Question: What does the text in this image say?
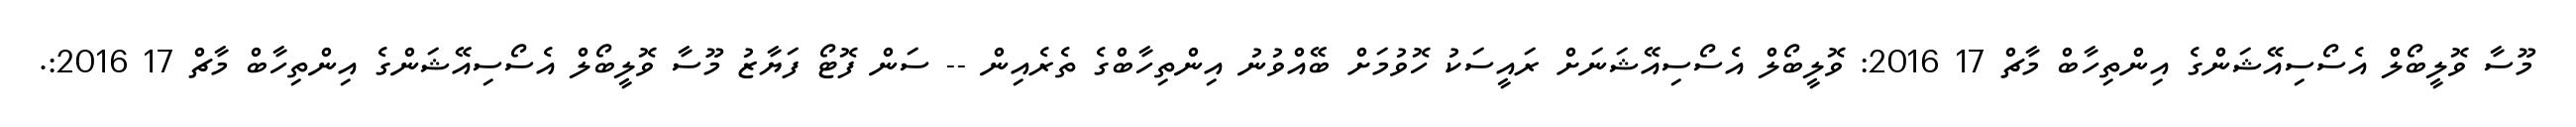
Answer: މޫސާ ވޮލީބޯލް އެސޯސިއޭޝަންގެ އިންތިހާބް މާޗް 17 2016: ވޮލީބޯލް އެސޯސިއޭޝަނަށް ރައީސަކު ހޮވުމަށް ބޭއްވުނު އިންތިހާބްގެ ތެރެއިން -- ސަން ފޮޓޯ ފަޔާޒު މޫސާ ވޮލީބޯލް އެސޯސިއޭޝަންގެ އިންތިހާބް މާޗް 17 2016:.